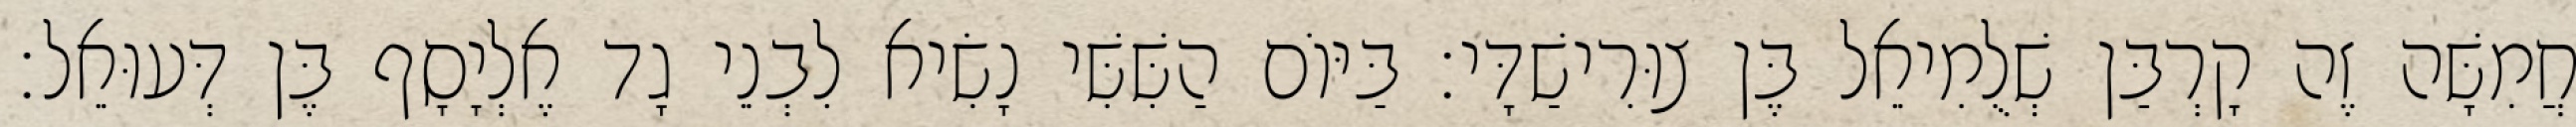
חֲמִשָּׁה זֶה קָרְבַּן שְׁלֻמִיאֵל בֶּן צוּרִישַׁדָּי׃ בַּיּוֹם הַשִּׁשִּׁי נָשִׂיא לִבְנֵי גָד אֶלְיָסָף בֶּן דְּעוּאֵל׃